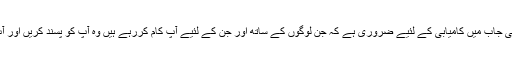
ریزیڈنسی حاصل کرنے کے لئیے، ہسپتال کی نوکری یا اپنی جاب میں کامیابی کے لئیے ضروری ہے کہ جن لوگوں کے ساتھ اور جن کے لئیے آپ کام کررہے ہیں وہ آپ کو پسند کریں اور آپ کے مقابل دوسرے لوگوں پر آپ کو ترجیح دیں اور چنیں۔